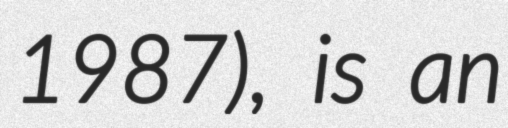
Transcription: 1987), is an